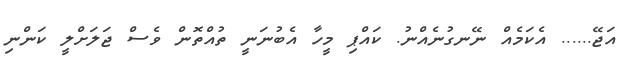
އަޖޭ...... އެކަމެއް ނޭނގުނެއްނު. ކައްޕި މީހާ އެބުނަނީ ތުއްތޮން ވެސް ޖަލަށްލީ ކަންނި